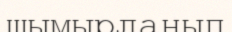
шымырланып